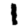
Digit: 1